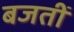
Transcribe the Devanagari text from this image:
बजतीं